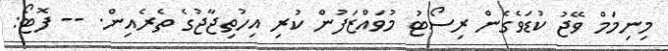
މިނިމަމް ވޭޖު ކުޑަވެގެން ރިސޯޓު މުވައްޒަފުން ކުރި އިހުތިޖާޖުގެ ތެެރެއިން. -- ފޮޓޯ: